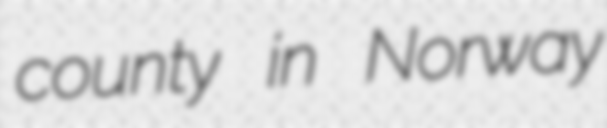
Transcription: county in Norway